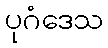
ပုဂံဒေသ